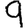
Digit: 9